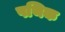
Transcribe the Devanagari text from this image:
पथिक